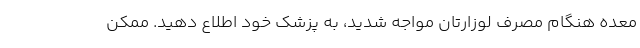
معده هنگام مصرف لوزارتان مواجه شدید، به پزشک خود اطلاع دهید. ممکن